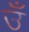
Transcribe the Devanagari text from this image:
उँ